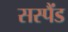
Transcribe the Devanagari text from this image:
सस्पैंड